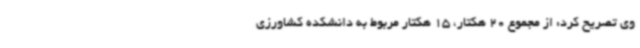
وی تصریح کرد: از مجموع 20 هکتار، 15 هکتار مربوط به دانشکده کشاورزی